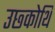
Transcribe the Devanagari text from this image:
उछ्कोथि